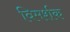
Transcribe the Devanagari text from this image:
विमर्शक